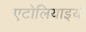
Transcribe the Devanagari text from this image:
एटोलियाइयों